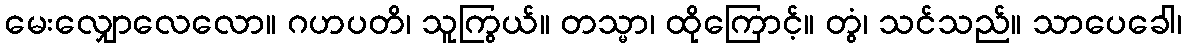
မေးလျှောလေလော။ ဂဟပတိ၊ သူကြွယ်။ တသ္မာ၊ ထိုကြောင့်။ တွံ၊ သင်သည်။ သာပေခေါ၊